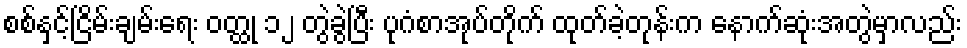
စစ်နှင့်ငြိမ်းချမ်းရေး ဝတ္ထု ၁၂ တွဲခွဲပြီး ပုဂံစာအုပ်တိုက် ထုတ်ခဲ့တုန်းက နောက်ဆုံးအတွဲမှာလည်း